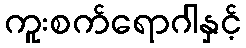
ကူးစက်ရောဂါနှင့်